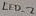
Text: LED_2